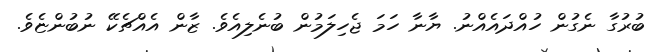
ބުރުގާ ނެގުން ހުއްދައެއްނު. ޔާނާ ހަމަ ޖެހިލަމުން ބުނެލިއެވެ. ޒާން އެއްޗެކޭ ނުބުންޏެވެ.